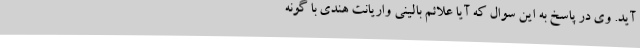
آید. وی در پاسخ به این سوال که آیا علائم بالینی واریانت هندی با گونه